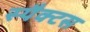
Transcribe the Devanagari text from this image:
स्पैक्टस